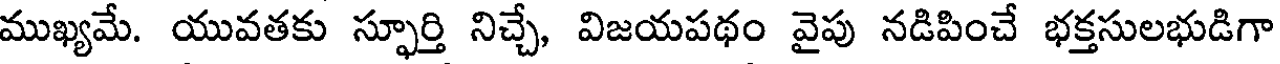
ముఖ్యమే. యువతకు స్ఫూర్తి నిచ్చే, విజయపథం వైపు నడిపించే భక్తసులభుడిగా